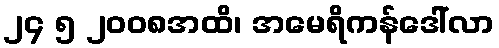
၂၄ ၅ ၂၀၀၈အထိ၊ အမေရိကန်ဒေါ်လာ